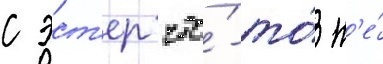
с эст'ер что́-то́ н'е́